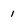
Character: 1